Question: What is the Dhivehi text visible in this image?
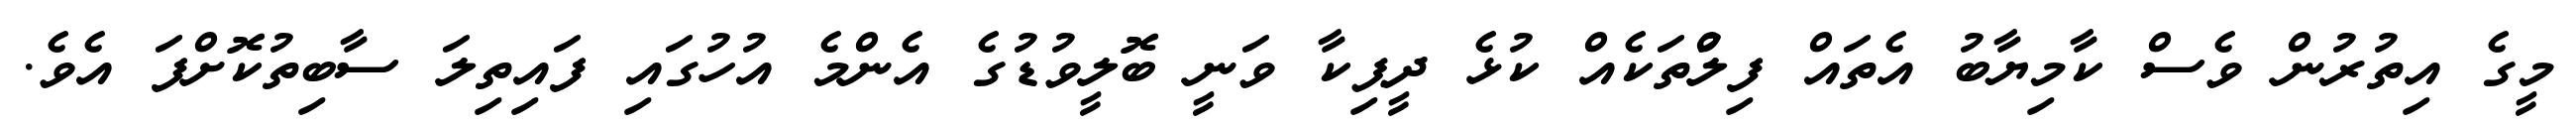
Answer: މީގެ އިތުރުން ވެސް ކާމިޔާބު އެތައް ފިލްުތަކެއް ކުޅެ ދީޕިކާ ވަނީ ބޮލީވުޑުގެ އެންމެ އުހުގައި ފައިތިލަ ސާބިތުކޮށްފަ އެވެ.